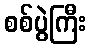
စစ်ပွဲကြီး